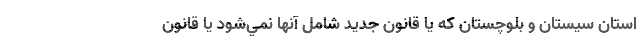
استان سيستان و بلوچستان كه يا قانون جديد شامل آنها نمي‌شود يا قانون